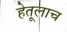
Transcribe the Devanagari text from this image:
हेतूलाच